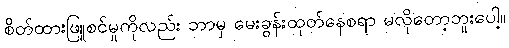
စိတ်ထားဖြူစင်မှုကိုလည်း ဘာမှ မေးခွန်းထုတ်နေစရာ မလိုတော့ဘူးပေါ့။